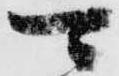
可